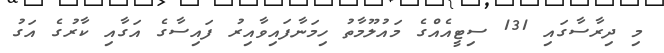
މި ދިރާސާގައި 131 ސިޓީއެއްގެ މައުލޫމާތު ހިމަނާފައިވާއިރު ފައިސާގެ އަގާއި ކާރުގެ އަގު